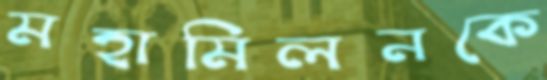
মহামিলনকে